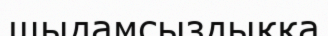
шыдамсыздыққа